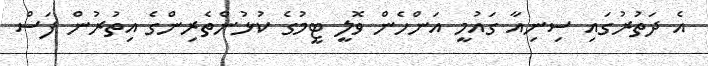
އެ ދަތުރުގައި ސިނިއާ ގައުމީ އަންހެން ވޮލީ ޓީމުގެ ކުޅުންތެރިންގެ އިތުރުން ފަސް